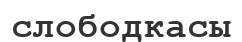
слободкасы